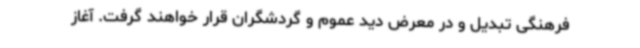
فرهنگی تبدیل و در معرض دید عموم و گردشگران قرار خواهند گرفت. آغاز